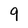
Character: 9